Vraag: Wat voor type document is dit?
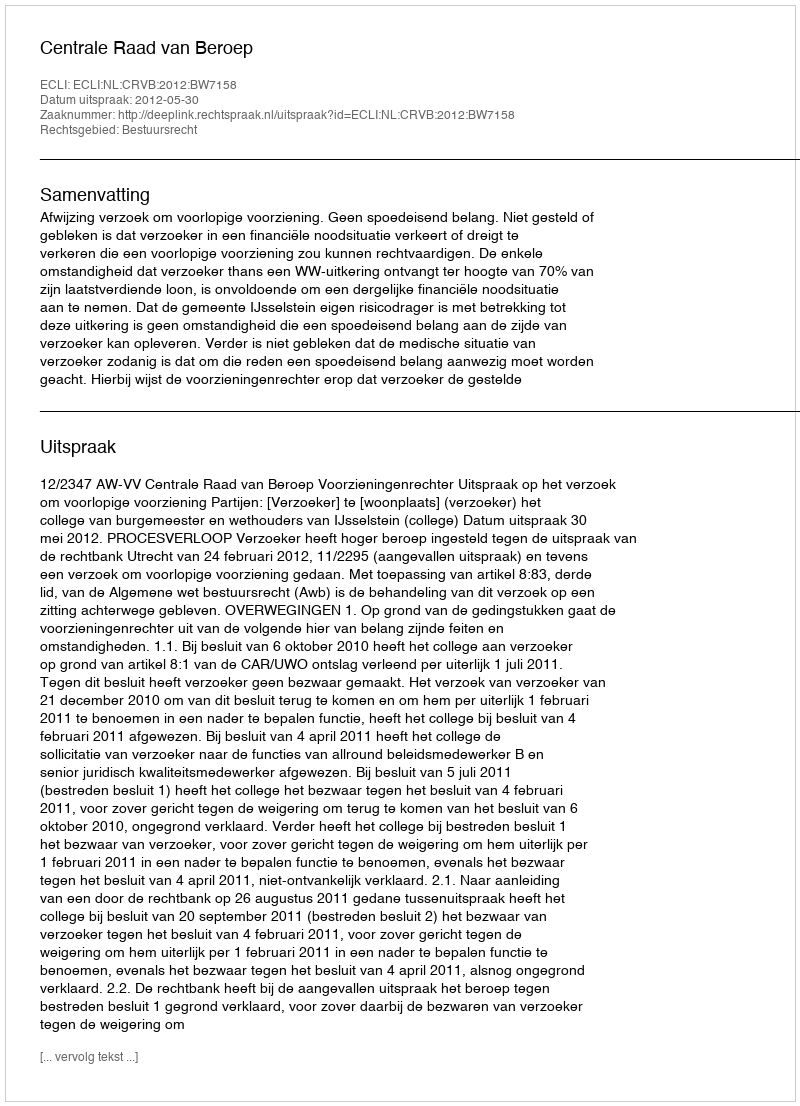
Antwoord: Uitspraak